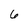
Character: 6